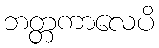
ဘတ္တကာလေပိ